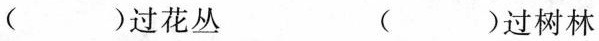
( )过花丛( )过树林